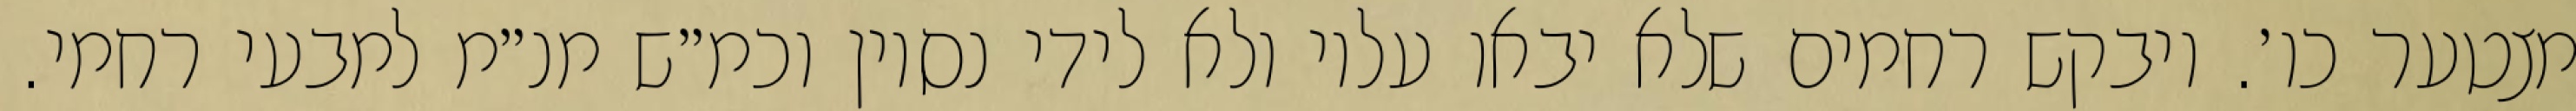
מצטער כו׳. ויבקש רחמים שלא יבאו עליו ולא לידי נסיון וכמ״ש מנ״מ למבעי רחמי.